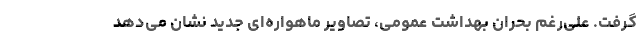
گرفت. علی‌رغم بحران بهداشت عمومی، تصاویر ماهواره‌ای جدید نشان می‌دهد